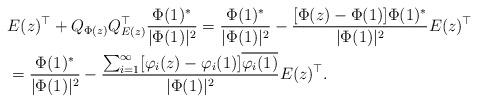
LaTeX: \begin{align*}&E(z)^\top + Q_{\Phi(z)} Q_{E(z)}^\top \frac{\Phi(1)^*}{|\Phi(1)|^2} = \frac{\Phi(1)^*}{|\Phi(1)|^2} - \frac{[\Phi(z) - \Phi(1)] \Phi(1)^*}{|\Phi(1)|^2} E(z)^\top\\& = \frac{\Phi(1)^*}{|\Phi(1)|^2} - \frac{\sum_{i =1}^\infty [\varphi_i(z) - \varphi_i(1)] \overline{\varphi_i(1)}}{|\Phi(1)|^2} E(z)^\top.\end{align*}